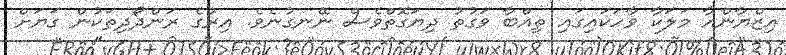
އިޒްޔާންއާ މަލަކާ ވާހަކައިގައި ތިއްބާ ވަގުތު ދިޔަގޮތްވެސް ނޭނގުނެވެ. އިރުގެ ރަންދޯދިތަކުން ގަޔަށް